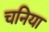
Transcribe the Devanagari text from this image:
चनिया